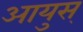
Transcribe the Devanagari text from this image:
आयुस्‌